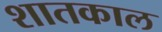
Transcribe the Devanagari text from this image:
शातकाल